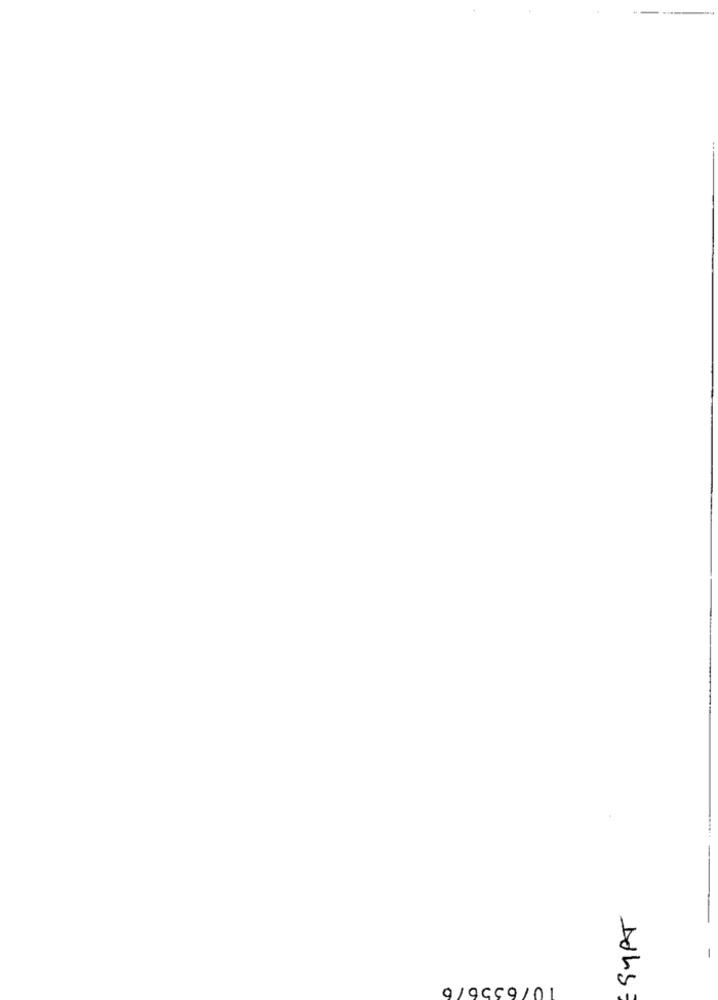
SYPT
9/9959/01